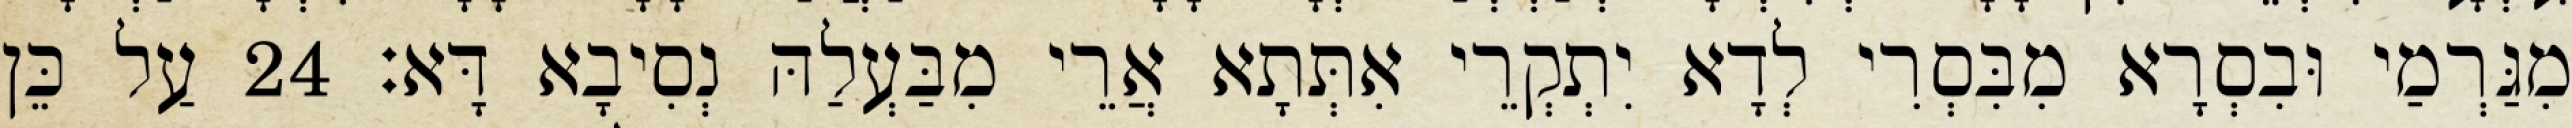
מִגַּרְמַי וּבִסְרָא מִבִּסְרִי לְדָא יִתְקְרֵי אִתְּתָא אֲרֵי מִבַּעְלַהּ נְסִיבָא דָּא׃ 24 עַל כֵּן